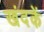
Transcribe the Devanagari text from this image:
खंदकें